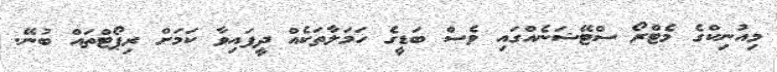
މިއުނިކްގެ މެޓްރޯ ސްޓޭޝަނެއްގައި ވެސް ބަޑީގެ ހަމަލާތަކެއް ދީފައިވާ ކަމަށް ރިޕޯޓްތައް ބުނޭ.